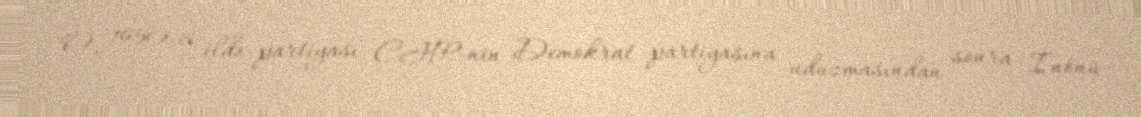
O, 1950-ci ildə partiyası CHP-nin Demokrat partiyasına uduzmasından sonra İnönü